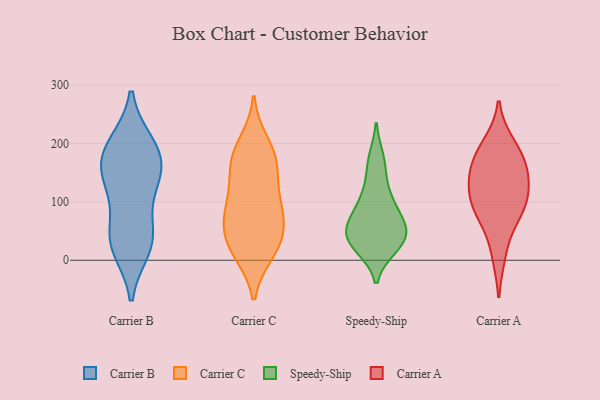
{"axis": {"x": "Operating Costs (USD K)", "y": "Value"}, "legend": ["Carrier A", "Carrier B", "Carrier C", "Speedy-Ship"], "data": [{"x": "", "y": 39, "type": "Carrier B"}, {"x": "", "y": 141, "type": "Carrier B"}, {"x": "", "y": 31, "type": "Carrier B"}, {"x": "", "y": 22, "type": "Carrier B"}, {"x": "", "y": 169, "type": "Carrier B"}, {"x": "", "y": 140, "type": "Carrier B"}, {"x": "", "y": 123, "type": "Carrier B"}, {"x": "", "y": 198, "type": "Carrier B"}, {"x": "", "y": 194, "type": "Carrier B"}, {"x": "", "y": 181, "type": "Carrier B"}, {"x": "", "y": 47, "type": "Carrier B"}, {"x": "", "y": 143, "type": "Carrier C"}, {"x": "", "y": 181, "type": "Carrier C"}, {"x": "", "y": 19, "type": "Carrier C"}, {"x": "", "y": 164, "type": "Carrier C"}, {"x": "", "y": 85, "type": "Carrier C"}, {"x": "", "y": 67, "type": "Carrier C"}, {"x": "", "y": 109, "type": "Carrier C"}, {"x": "", "y": 200, "type": "Carrier C"}, {"x": "", "y": 14, "type": "Carrier C"}, {"x": "", "y": 93, "type": "Carrier C"}, {"x": "", "y": 20, "type": "Carrier C"}, {"x": "", "y": 59, "type": "Carrier C"}, {"x": "", "y": 172, "type": "Carrier C"}, {"x": "", "y": 46, "type": "Carrier C"}, {"x": "", "y": 46, "type": "Speedy-Ship"}, {"x": "", "y": 68, "type": "Speedy-Ship"}, {"x": "", "y": 173, "type": "Speedy-Ship"}, {"x": "", "y": 31, "type": "Speedy-Ship"}, {"x": "", "y": 71, "type": "Speedy-Ship"}, {"x": "", "y": 110, "type": "Speedy-Ship"}, {"x": "", "y": 85, "type": "Speedy-Ship"}, {"x": "", "y": 34, "type": "Speedy-Ship"}, {"x": "", "y": 49, "type": "Speedy-Ship"}, {"x": "", "y": 23, "type": "Speedy-Ship"}, {"x": "", "y": 51, "type": "Speedy-Ship"}, {"x": "", "y": 163, "type": "Speedy-Ship"}, {"x": "", "y": 114, "type": "Speedy-Ship"}, {"x": "", "y": 23, "type": "Speedy-Ship"}, {"x": "", "y": 72, "type": "Carrier A"}, {"x": "", "y": 154, "type": "Carrier A"}, {"x": "", "y": 199, "type": "Carrier A"}, {"x": "", "y": 168, "type": "Carrier A"}, {"x": "", "y": 126, "type": "Carrier A"}, {"x": "", "y": 97, "type": "Carrier A"}, {"x": "", "y": 10, "type": "Carrier A"}, {"x": "", "y": 82, "type": "Carrier A"}, {"x": "", "y": 185, "type": "Carrier A"}, {"x": "", "y": 141, "type": "Carrier A"}, {"x": "", "y": 107, "type": "Carrier A"}]}